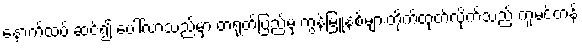
နောက်ထပ် ဆင့်၍ ပေါ်လာသည်မှာ တရုတ်ပြည်မှ ကွန်မြူနစ်များတိုက်ထုတ်လိုက်သည့် ကူမင်တန်